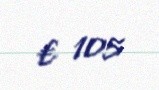
€ 105